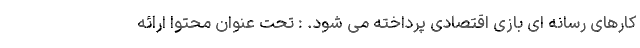
کارهای رسانه ای بازی اقتصادی پرداخته می شود. : تحت عنوان محتوا ارائه